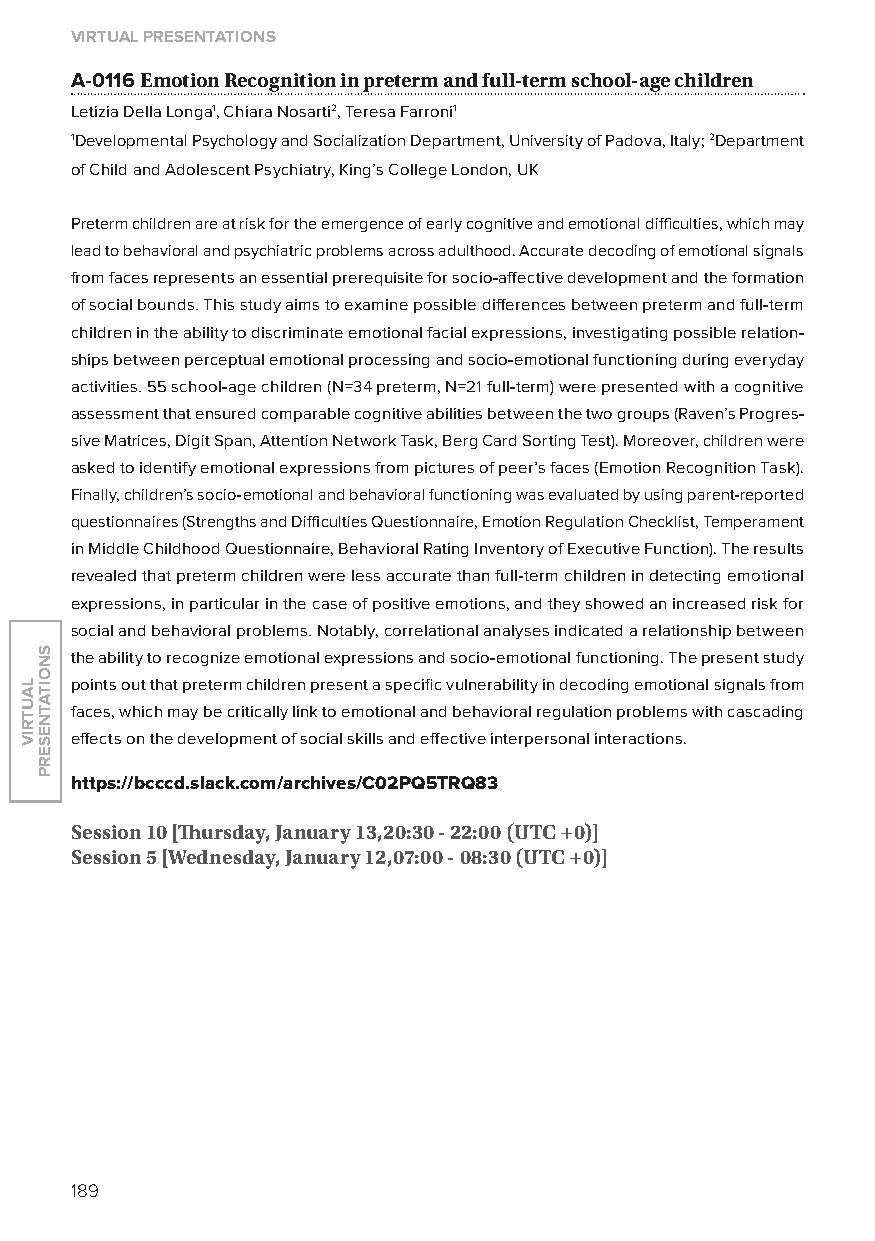
virtual presentations
 A-0116 emotion recognition in preterm and full-term school-age children
 letizia Della longa1, Chiara Nosarti2, Teresa Farroni1
 1Developmental Psychology and Socialization Department, University of Padova, Italy; 2Department
 of Child and Adolescent Psychiatry, King’s College london, UK
 Preterm children are at risk for the emergence of early cognitive and emotional difficulties, which may
 lead to behavioral and psychiatric problems across adulthood. Accurate decoding of emotional signals
 from faces represents an essential prerequisite for socio-affective development and the formation
 of social bounds. This study aims to examine possible differences between preterm and full-term
 children in the ability to discriminate emotional facial expressions, investigating possible relation-
 ships between perceptual emotional processing and socio-emotional functioning during everyday
 activities. 55 school-age children (N=34 preterm, N=21 full-term) were presented with a cognitive
 assessment that ensured comparable cognitive abilities between the two groups (Raven’s Progres-
 sive Matrices, Digit Span, Attention Network Task, Berg Card Sorting Test). Moreover, children were
 asked to identify emotional expressions from pictures of peer’s faces (Emotion Recognition Task).
 Finally, children’s socio-emotional and behavioral functioning was evaluated by using parent-reported
 questionnaires (Strengths and Difficulties Questionnaire, Emotion Regulation Checklist, Temperament
 in Middle Childhood Questionnaire, Behavioral Rating Inventory of Executive Function). The results
 revealed that preterm children were less accurate than full-term children in detecting emotional
 expressions, in particular in the case of positive emotions, and they showed an increased risk for
 social and behavioral problems. Notably, correlational analyses indicated a relationship between
 the ability to recognize emotional expressions and socio-emotional functioning. The present study
 points out that preterm children present a specific vulnerability in decoding emotional signals from
 faces, which may be critically link to emotional and behavioral regulation problems with cascading
 effects on the development of social skills and effective interpersonal interactions.
 https://bcccd.slack.com/archives/C02pQ5TrQ83
 session 10 [Thursday, January 13,20:30 - 22:00 (utC +0)]
 session 5 [Wednesday, January 12,07:00 - 08:30 (utC +0)]
 189
 lautriv
 snoitatneserp